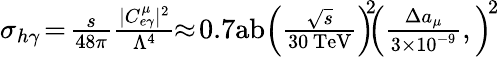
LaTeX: \begin{array}{r}{\sigma_{h\gamma}\! =\! \frac{s}{48\pi}\frac{|C_{e\gamma}^{\mu}|^{2}}{\Lambda^{4}}\! \! \approx\! 0.7\mathrm{ab}\left(\frac{\sqrt{s}}{30\, \mathrm{TeV}}\right)^{\! \! 2}\! \! \left(\frac{\Delta a_{\mu}}{3\times 10^{-9}},\right)^{\! 2}}\end{array}